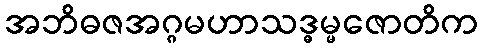
အဘိဓဇအဂ္ဂမဟာသဒ္ဓမ္မဇောတိက